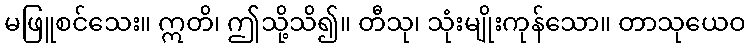
မဖြူစင်သေး။ ဣတိ၊ ဤသို့သိ၍။ တီသု၊ သုံးမျိုးကုန်သော။ တာသုယေဝ